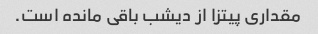
مقداری پیتزا از دیشب باقی مانده است.